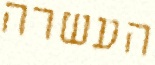
העשרה